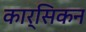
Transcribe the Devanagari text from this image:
कार्सिकन